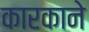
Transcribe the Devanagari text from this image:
कारकाने